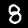
Label: 8